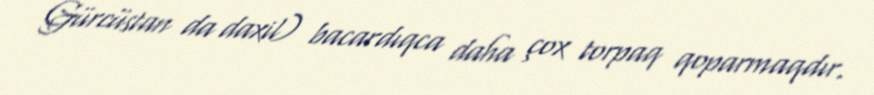
Gürcüstan da daxil) bacardıqca daha çox torpaq qoparmaqdır.